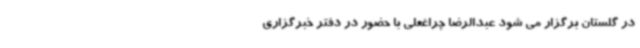
در گلستان برگزار می شود عبدالرضا چراغعلی با حضور در دفتر خبرگزاری